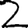
Digit: 2